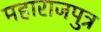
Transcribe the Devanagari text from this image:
महाराजपुत्र